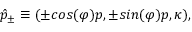
\hat { p } _ { \pm } \equiv ( { \pm } c o s ( \varphi ) p , { \pm } s i n ( \varphi ) p , \kappa ) ,